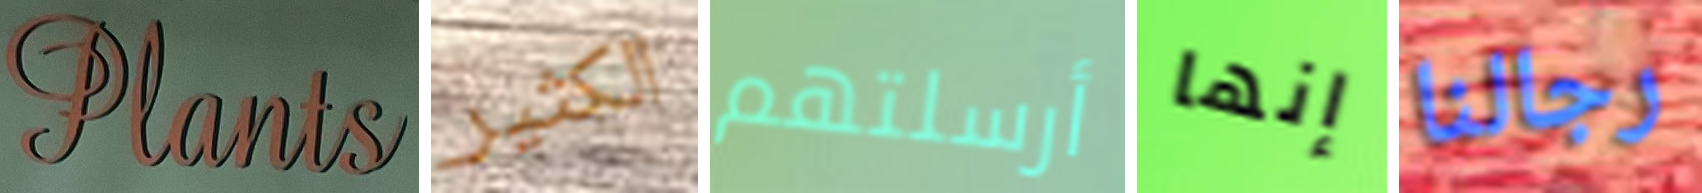
Plants الكثير أرسلتهم إنها رجالنا